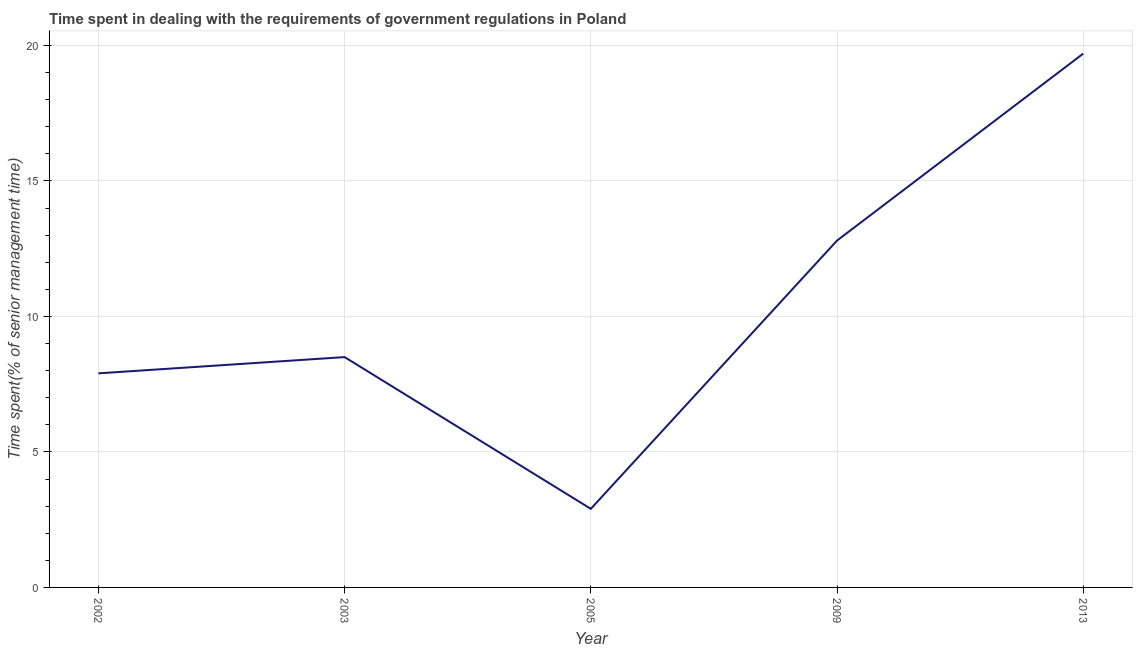
| Year | Government regulations |
 | --- | --- |
 | 2002 | 7.9 |
 | 2003 | 8.5 |
 | 2005 | 2.9 |
 | 2009 | 12.8 |
 | 2013 | 19.7 |